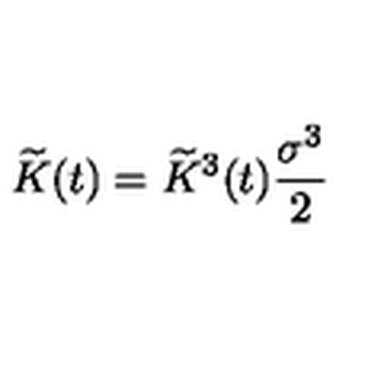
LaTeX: \widetilde { K } ( t ) = \widetilde { K } ^ { 3 } ( t ) \frac { \sigma ^ { 3 } } { 2 }